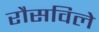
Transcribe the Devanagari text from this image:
रौसविले